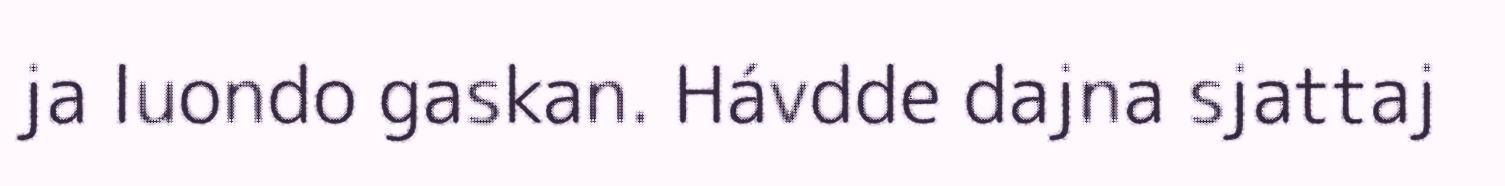
ja luondo gaskan. Hávdde dajna sjattaj